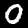
Label: 0